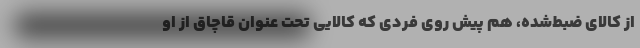
از کالای ضبط‌شده، هم پیش روی فردی که کالایی تحت عنوان قاچاق از او